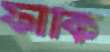
ফাঁকি